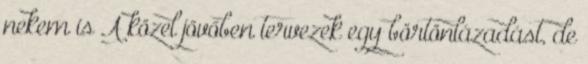
nekem is A közel jövőben tervezek egy börtönlázadást, de